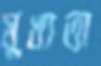
মুখ্যতা